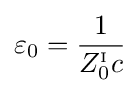
\varepsilon _{0}={\frac {1}{Z_{0}^{_{\mathrm {I} }}c}}